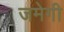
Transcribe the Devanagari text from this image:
जमेगी